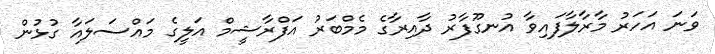
ވަނަ އަހަރު މާރާލާފައިވާ އުނގޫފާރު ދާއިރާގެ މެމްބަރު އަފްރާޝީމް އަލީގެ މައްސަލައާ ގުޅުން